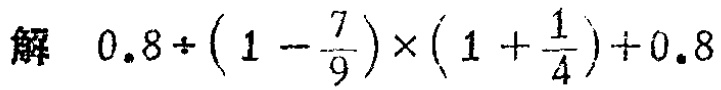
解 \(0.8\div\left(1 - \frac{7}{9}\right)\times\left(1 + \frac{1}{4}\right)+0.8\)